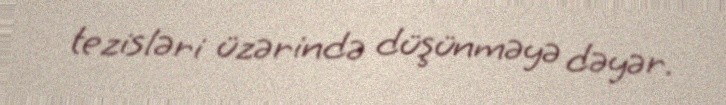
tezisləri üzərində düşünməyə dəyər.